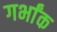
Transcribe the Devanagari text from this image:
गर्भांक